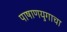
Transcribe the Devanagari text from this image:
पाषाणयुगाचा